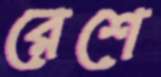
রেশে